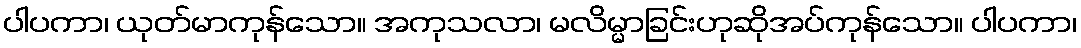
ပါပကာ၊ ယုတ်မာကုန်သော။ အကုသလာ၊ မလိမ္မာခြင်းဟုဆိုအပ်ကုန်သော။ ပါပကာ၊